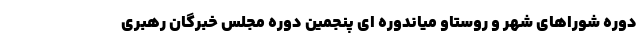
دوره شوراهای شهر و روستاو میاندوره ای پنجمین دوره مجلس خبرگان رهبری